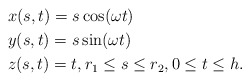
\begin{align*}&x(s,t)=s \cos (\omega t)\\&y(s,t)=s \sin (\omega t)\\&z(s,t)=t , r_1\le s\le r_2, 0\le t \le h.\end{align*}